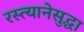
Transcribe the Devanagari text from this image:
रस्त्यानेसुद्धा